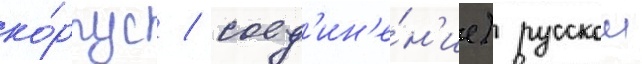
ко́рпус / соед'ин'е́н'ие) русскои